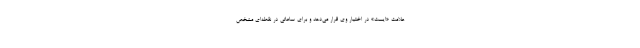
علامت «ایست» در اختیار وی قرار می‌دهد و برای ساعاتی در نقطه‌ای مشخص